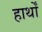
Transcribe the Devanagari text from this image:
हार्थों